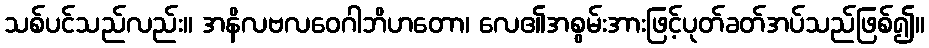
သစ်ပင်သည်လည်း။ အနိလဗလဝေဂါဘိဟတော၊ လေ၏အစွမ်းအားဖြင့်ပုတ်ခတ်အပ်သည်ဖြစ်၍။